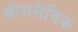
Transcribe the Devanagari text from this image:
बोलसेविक